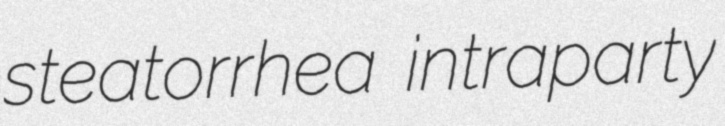
steatorrhea intraparty